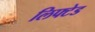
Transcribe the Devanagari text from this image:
लिफ्टेड